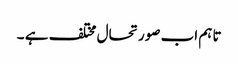
تاہم اب صورتحال مختلف ہے ۔